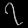
Digit: ၇